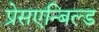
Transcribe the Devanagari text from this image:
प्रेसएन्बिल्ड